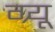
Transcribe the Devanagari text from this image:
ग्र्यू